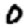
Digit: 0